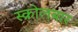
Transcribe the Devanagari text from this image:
स्क्रोलबार